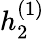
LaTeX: h_{2}^{(1)}